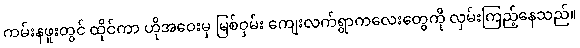
ကမ်းနဖူးတွင် ထိုင်ကာ ဟိုအဝေးမှ မြစ်ဝှမ်း ကျေးလက်ရွာကလေးတွေကို လှမ်းကြည့်နေသည်။